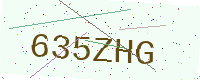
Text: 635ZHG